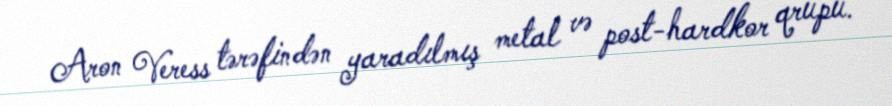
Aron Veress tərəfindən yaradılmış metal və post-hardkor qrupu.